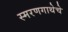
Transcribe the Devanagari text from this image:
स्मरणगाथेचे